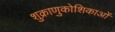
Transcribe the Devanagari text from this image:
शुक्राणुकोशिकाओं